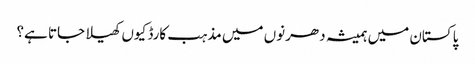
پاکستان میں ہمیشہ دھرنوں میں مذہب کارڈ کیوں کھیلا جاتا ہے؟